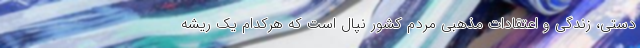
دستی، زندگی و اعتقادات مذهبی مردم کشور نپال است که هرکدام یک ریشه